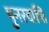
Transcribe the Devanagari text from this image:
पुनरवाप्ति